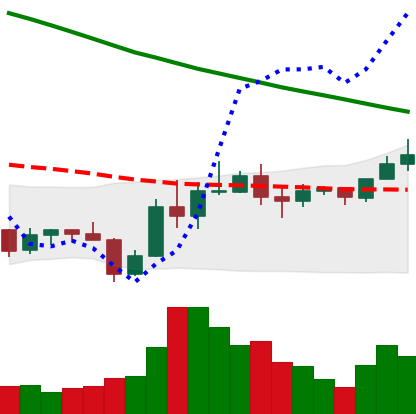
Ticker: ADA-USD
Chart end date: 2019-11-06
Forward return: -3.919%
Label: down_3_5